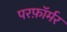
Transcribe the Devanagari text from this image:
परफ़ॉर्मर